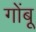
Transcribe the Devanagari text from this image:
गोंबू